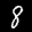
Label: 8